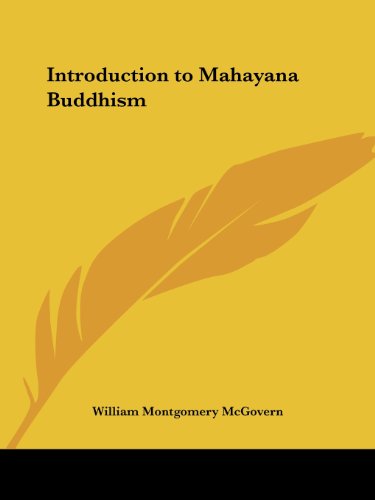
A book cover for Introduction to Mahayana Buddhism; William Montgomery McGovern; Religion & Spirituality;